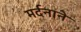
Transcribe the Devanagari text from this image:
मर्दनाने